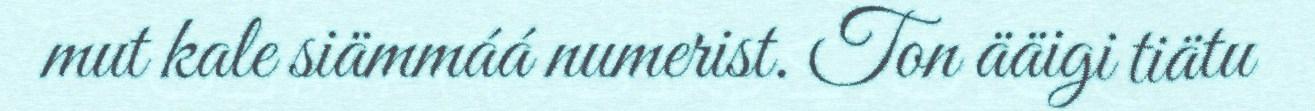
mut kale siämmáá numerist. Ton ääigi tiätu